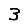
Digit: 3